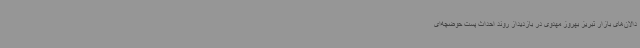
دالان‌های بازار تبریز بهروز مهدوی در بازدیداز روند احداث پست حوضچه‌ای